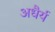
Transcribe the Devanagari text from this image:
अधैर्य